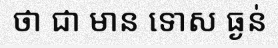
ថា ជា មាន ទោស ធ្ងន់